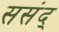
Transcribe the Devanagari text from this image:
ससंद्